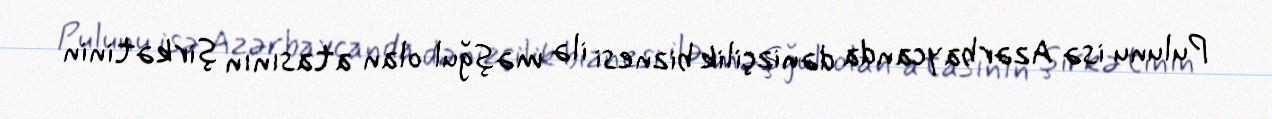
Pulunu isə Azərbaycanda dənizçilik biznesi ilə məşğul olan atasının şirkətinin